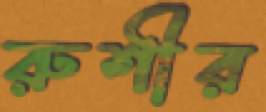
রুশীর